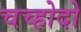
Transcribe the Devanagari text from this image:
चच्होदो